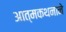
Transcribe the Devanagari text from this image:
आत्मकथनाने